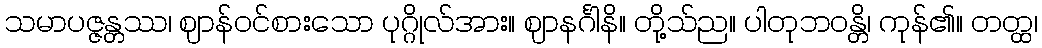
သမာပဇ္ဇန္တဿ၊ ဈာန်ဝင်စားသော ပုဂ္ဂိုလ်အား။ ဈာနင်္ဂါနိ။ တို့သ်ည။ ပါတုဘဝန္တိ၊ ကုန်၏။ တတ္ထ၊